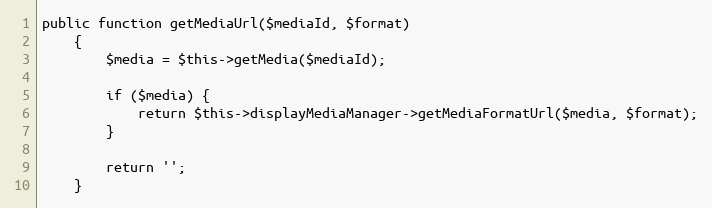
Language: PHP
public function getMediaUrl($mediaId, $format)
    {
        $media = $this->getMedia($mediaId);

        if ($media) {
            return $this->displayMediaManager->getMediaFormatUrl($media, $format);
        }

        return '';
    }